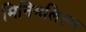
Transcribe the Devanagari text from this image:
मिनिमलिस्म